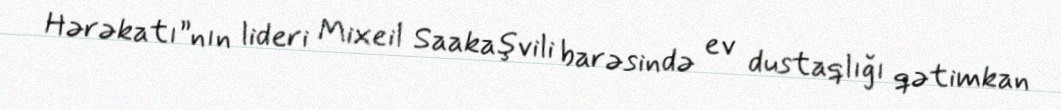
Hərəkatı”nın lideri Mixeil Saakaşvili barəsində ev dustaqlığı qətimkan